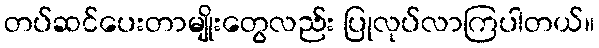
တပ်ဆင်ပေးတာမျိုးတွေလည်း ပြုလုပ်လာကြပါတယ်။